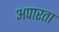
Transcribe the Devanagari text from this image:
अपारता